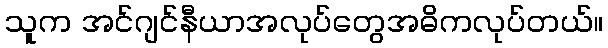
သူက အင်ဂျင်နီယာအလုပ်တွေအဓိကလုပ်တယ်။